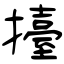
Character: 擡